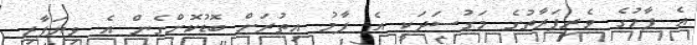
އެ ފާމުގެ ވެރިފަރާތުގެ މަގުސަދަކީ އެ ފާމު އިތުރަށް ބޮޑުކޮށްގެން އެ ވިޔަފާރި